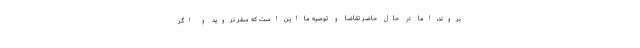
بروند، اما در حال حاضر تقاضا و توصیه ما این است که سفر نروید و اگر